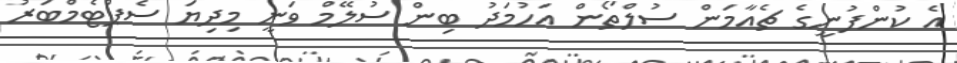
އެ ކުންފުނީގެ ޗެއާމަން ސުލްތޯން އަހުމަދު ބިން ސުލޭމް ވަނީ މިދިޔަ ސެޕްޓެމްބަރު